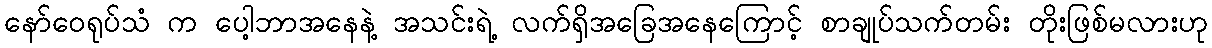
နော်ဝေရုပ်သံ က ပေါ့ဘာအနေနဲ့ အသင်းရဲ့ လက်ရှိအခြေအနေကြောင့် စာချုပ်သက်တမ်း တိုးဖြစ်မလားဟု